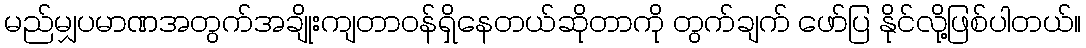
မည်မျှပမာဏအတွက်အချိုးကျတာဝန်ရှိနေတယ်ဆိုတာကို တွက်ချက် ဖော်ပြ နိုင်လို့ဖြစ်ပါတယ်။